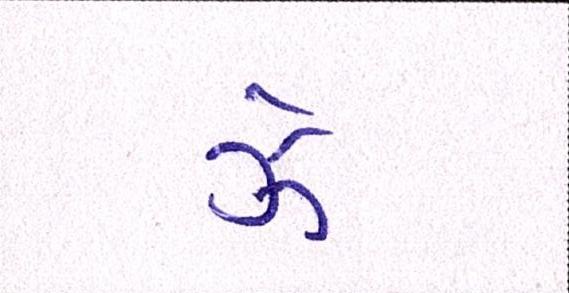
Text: ઝેૄ